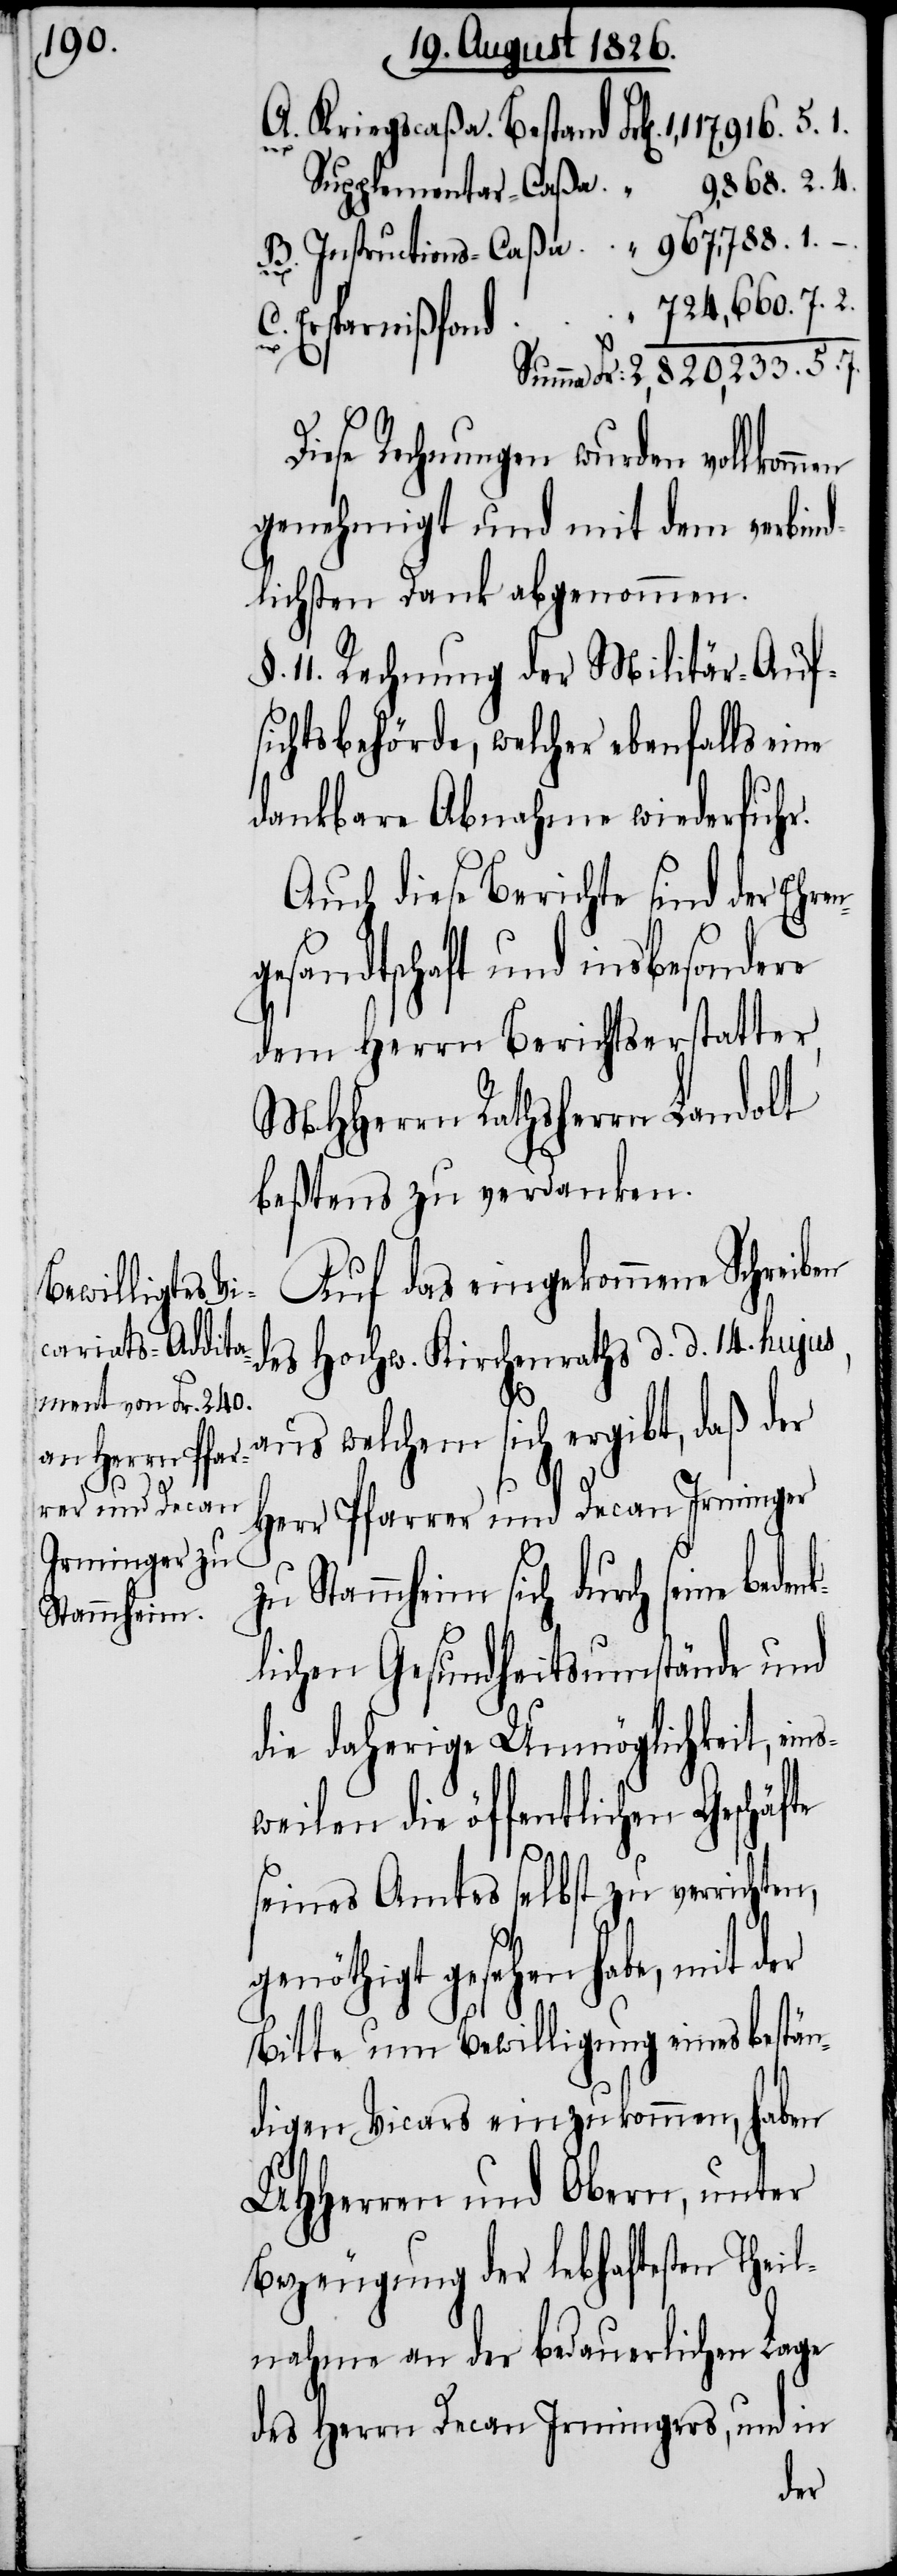
§.

Ersparnißfond
Diese Rechnungen wurden vollkommen
genehmigt und mit dem verbind¬
lichsten Dank abgenommen.
11. Rechnung der Militär-Auf¬
sichtsbehörde, welcher ebenfalls eine
dankbare Abnahme wiederfuhr.
Auch diese Berichte sind der Ehren¬
gesandtschaft und insbesondere
dem Herrn Berichtserstatter,
MHHerrn Rathsherrn Landolt
beßtens zu verdanken.
Auf das eingekommene Schreiben
des Hochw. Kirchenraths d. d. 14. hujus,
denk¬
aus welchem sich ergibt, daß der
Herr Pfarrer und Decan Irminger
zu Stammheim sich durch seine be¬
lichen Gesundheitsumstände und
die daherige Unmöglichkeit, ein¬
sweilen die öffentlichen Geschäfte
seines Amtes selbst zu verrichten,
genöthigt gesehen habe, mit
Bitte um Bewilligung eines bestän¬
digen Vicars einzukommen, haben
MHHerren und Obern, unter
Bezeugung der lebhaftesten Theil¬
nahme an der bedauerlichen Lage
des Herrn Decan Irmingers, und in
der